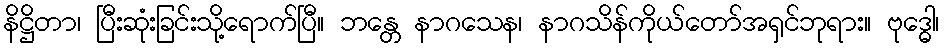
နိဋ္ဌိတာ၊ ပြီးဆုံးခြင်းသို့ရောက်ပြီ။ ဘန္တေ နာဂသေန၊ နာဂသိန်ကိုယ်တော်အရှင်ဘုရား။ ဗုဒ္ဓေါ၊